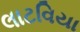
લાટવિયા